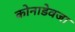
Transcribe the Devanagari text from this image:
कोनाडेवजा